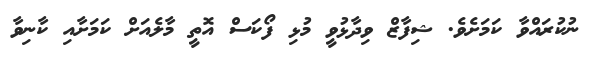
ނުކުރައްވާ ކަމަށެވެ. ޝިފާޒް ވިދާޅުވީ މުޅި ފޯކަސް އޮތީ މާލެއަށް ކަމަށާއި ކާނިވާ